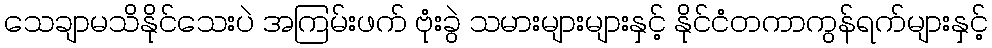
သေချာမသိနိုင်သေးပဲ အကြမ်းဖက် ဗုံးခွဲ သမားများများနှင့် နိုင်ငံတကာကွန်ရက်များနှင့်